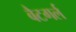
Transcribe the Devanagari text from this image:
बैटगर्ल